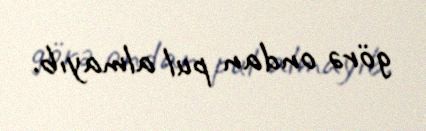
görə ondan pul almayıb.